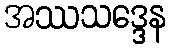
အဿသဒ္ဒေန